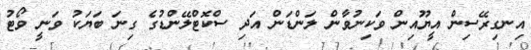
އިނގިރޭސިން އީޔޫއިން ވަކިނުވާން ލަންޑަން އަދި ސްކޮޓްލޭންޑުގެ ގިނަ ބަޔަކު ވަނީ ވޯޓު